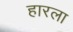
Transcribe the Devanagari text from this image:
हारला